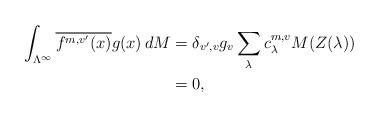
LaTeX: \begin{align*}\int_{\Lambda^\infty} \overline{f^{m,v'}(x)} g(x) \, dM &= \delta_{v', v} g_v \sum_\lambda c^{m,v}_\lambda M(Z(\lambda)) \\&= 0,\end{align*}